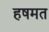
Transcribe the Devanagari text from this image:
हषमत